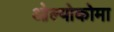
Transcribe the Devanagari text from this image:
ओल्योकोमा